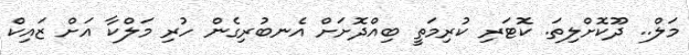
މަލް.. ދޫކޮށްލިތަ. ކޮޓަރި ކުރިމަތީ ބިއްދޮށަށް އެނބުރިގެން ހުރި މަލްކާ އަށް ޒައިކް